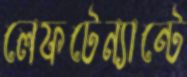
লেফটেন্যান্টে